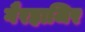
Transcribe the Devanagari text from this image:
गैरहाजिर